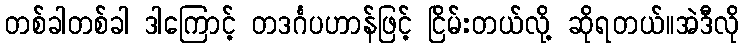
တစ်ခါတစ်ခါ ဒါကြောင့် တဒင်္ဂပဟာန်ဖြင့် ငြိမ်းတယ်လို့ ဆိုရတယ်။အဲဒီလို